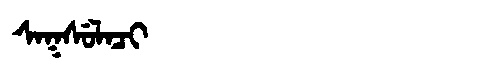
Manchu: ᠰᠠᡴᠰᡠᠯᠠᠴᡳ
Romanization: SAKSULACI